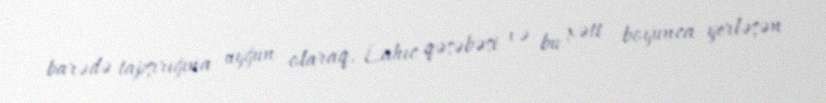
barədə tapşırığına uyğun olaraq, Lahıc qəsəbəsi və bu xətt boyunca yerləşən